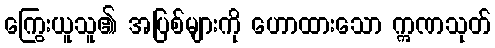
ကြွေးယူသူ၏ အပြစ်များကို ဟောထားသော ဣဏသုတ်